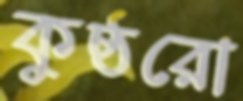
কুষ্ঠরো